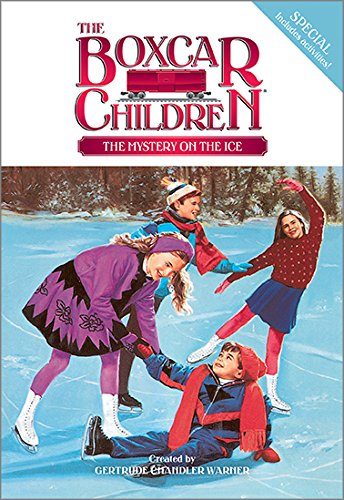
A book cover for The Mystery on the Ice (Boxcar Children Winter Special #1); Children's Books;